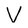
Character: V